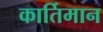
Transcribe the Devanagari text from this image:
कार्तिमान